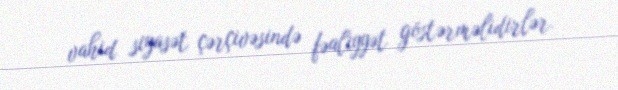
vahid siyasət çərçivəsində fəaliyyət göstərməlidirlər.